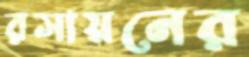
রসায়নের